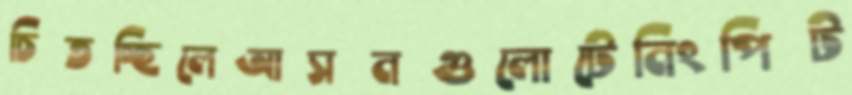
চিতচ্ছিলেআসনগুলোটেনিংপিট